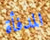
المدفأة